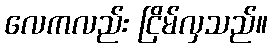
လေကလည်း ငြိမ်လှသည်။